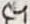
Text: C4